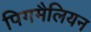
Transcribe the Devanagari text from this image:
पिगमैलियन